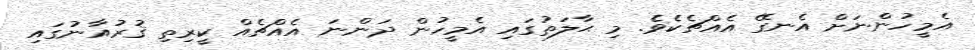
އެމީހުންނަށް އެނގޭ އެއްޗެކެވެ. މި ޙާލަތުގައި އެމީހުން ދަންނަ އެއްޗެއް ކީރިތި ޤުރުއާނުގައި